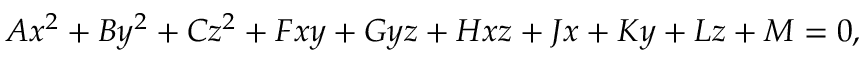
A x ^ { 2 } + B y ^ { 2 } + C z ^ { 2 } + F x y + G y z + H x z + J x + K y + L z + M = 0 ,